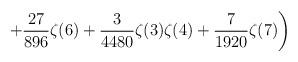
LaTeX: \begin{align*}\displaystyle\left.\quad\quad\quad+\frac{27}{896}\zeta(6)+\frac{3}{4480}\zeta(3)\zeta(4)+\frac{7}{1920}\zeta(7)\right)\end{align*}